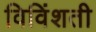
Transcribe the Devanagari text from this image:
विविंशती